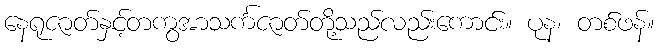
နေရုဇာတ်နှင့်တကွအာသင်္ကဇာတ်တို့သည်လည်းကောင်း။ ပုန၊ တစ်ဖန်။